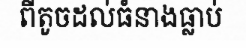
ពីតូចដល់ធំនាងធ្លាប់